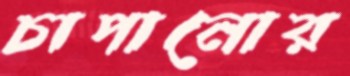
চাপানোর